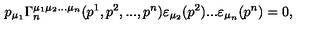
p _ { \mu _ { 1 } } \Gamma _ { n } ^ { \mu _ { 1 } \mu _ { 2 } . . . \mu _ { n } } ( p ^ { 1 } , p ^ { 2 } , . . . , p ^ { n } ) \varepsilon _ { \mu _ { 2 } } ( p ^ { 2 } ) . . . \varepsilon _ { \mu _ { n } } ( p ^ { n } ) = 0 ,